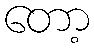
တော့